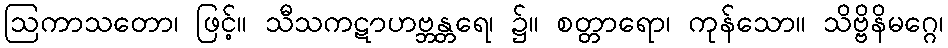
ဩကာသတော၊ ဖြင့်။ သီသကဋာဟဗ္ဘန္တရေ၊ ၌။ စတ္တာရော၊ ကုန်သော။ သိဗ္ဗိနိမဂ္ဂေ၊